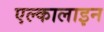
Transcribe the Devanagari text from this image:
एल्कालाइन